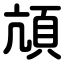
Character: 頏